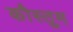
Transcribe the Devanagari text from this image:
कौस्तुम